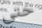
حتى